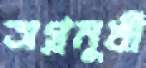
অগ্রমুখী